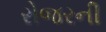
રોજરની